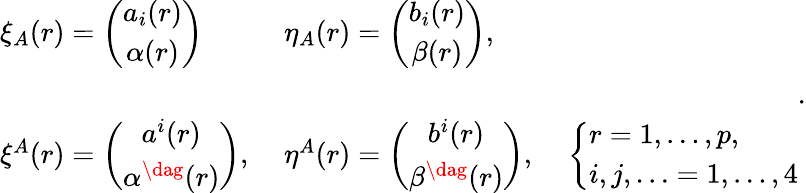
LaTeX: \begin{array}{lll}{{\xi_{A}(r)=\left(\begin{array}{c}{{a_{i}(r)}}\\ {{\alpha(r)}}\end{array}\right)\, \; }}&{{\eta_{A}(r)=\left(\begin{array}{c}{{b_{i}(r)}}\\ {{\beta(r)}}\end{array}\right),}}&{{}}\\ {{}}&{{}}&{{}}\\ {{\xi^{A}(r)=\left(\begin{array}{c}{{a^{i}(r)}}\\ {{\alpha^{\dag}(r)}}\end{array}\right),\; }}&{{\eta^{A}(r)=\left(\begin{array}{c}{{b^{i}(r)}}\\ {{\beta^{\dag}(r)}}\end{array}\right),\; }}&{{\left\{ \begin{array}{l}{{r=1,\ldots,p,}}\\ {{i,j,\ldots=1,\ldots,4}}\end{array}\right.}}\end{array}.